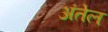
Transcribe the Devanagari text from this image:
अंतेल